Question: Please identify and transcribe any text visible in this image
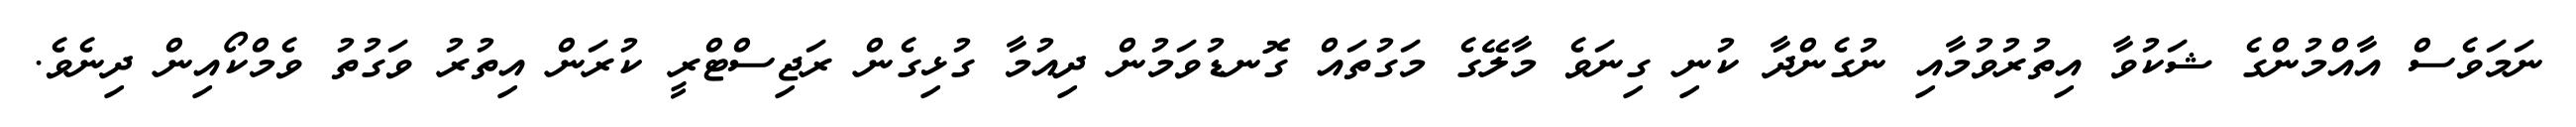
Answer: ނަމަވެސް އާއްމުންގެ ޝަކުވާ އިތުރުވުމާއި ނުގެންދާ ކުނި ގިނަވެ މާލޭގެ މަގުތައް ގޮނޑުވަމުން ދިއުމާ ގުޅިގެން ރަޖިސްޓްރީ ކުރަން އިތުރު ވަގުތު ވެމްކޯއިން ދިނެވެ.